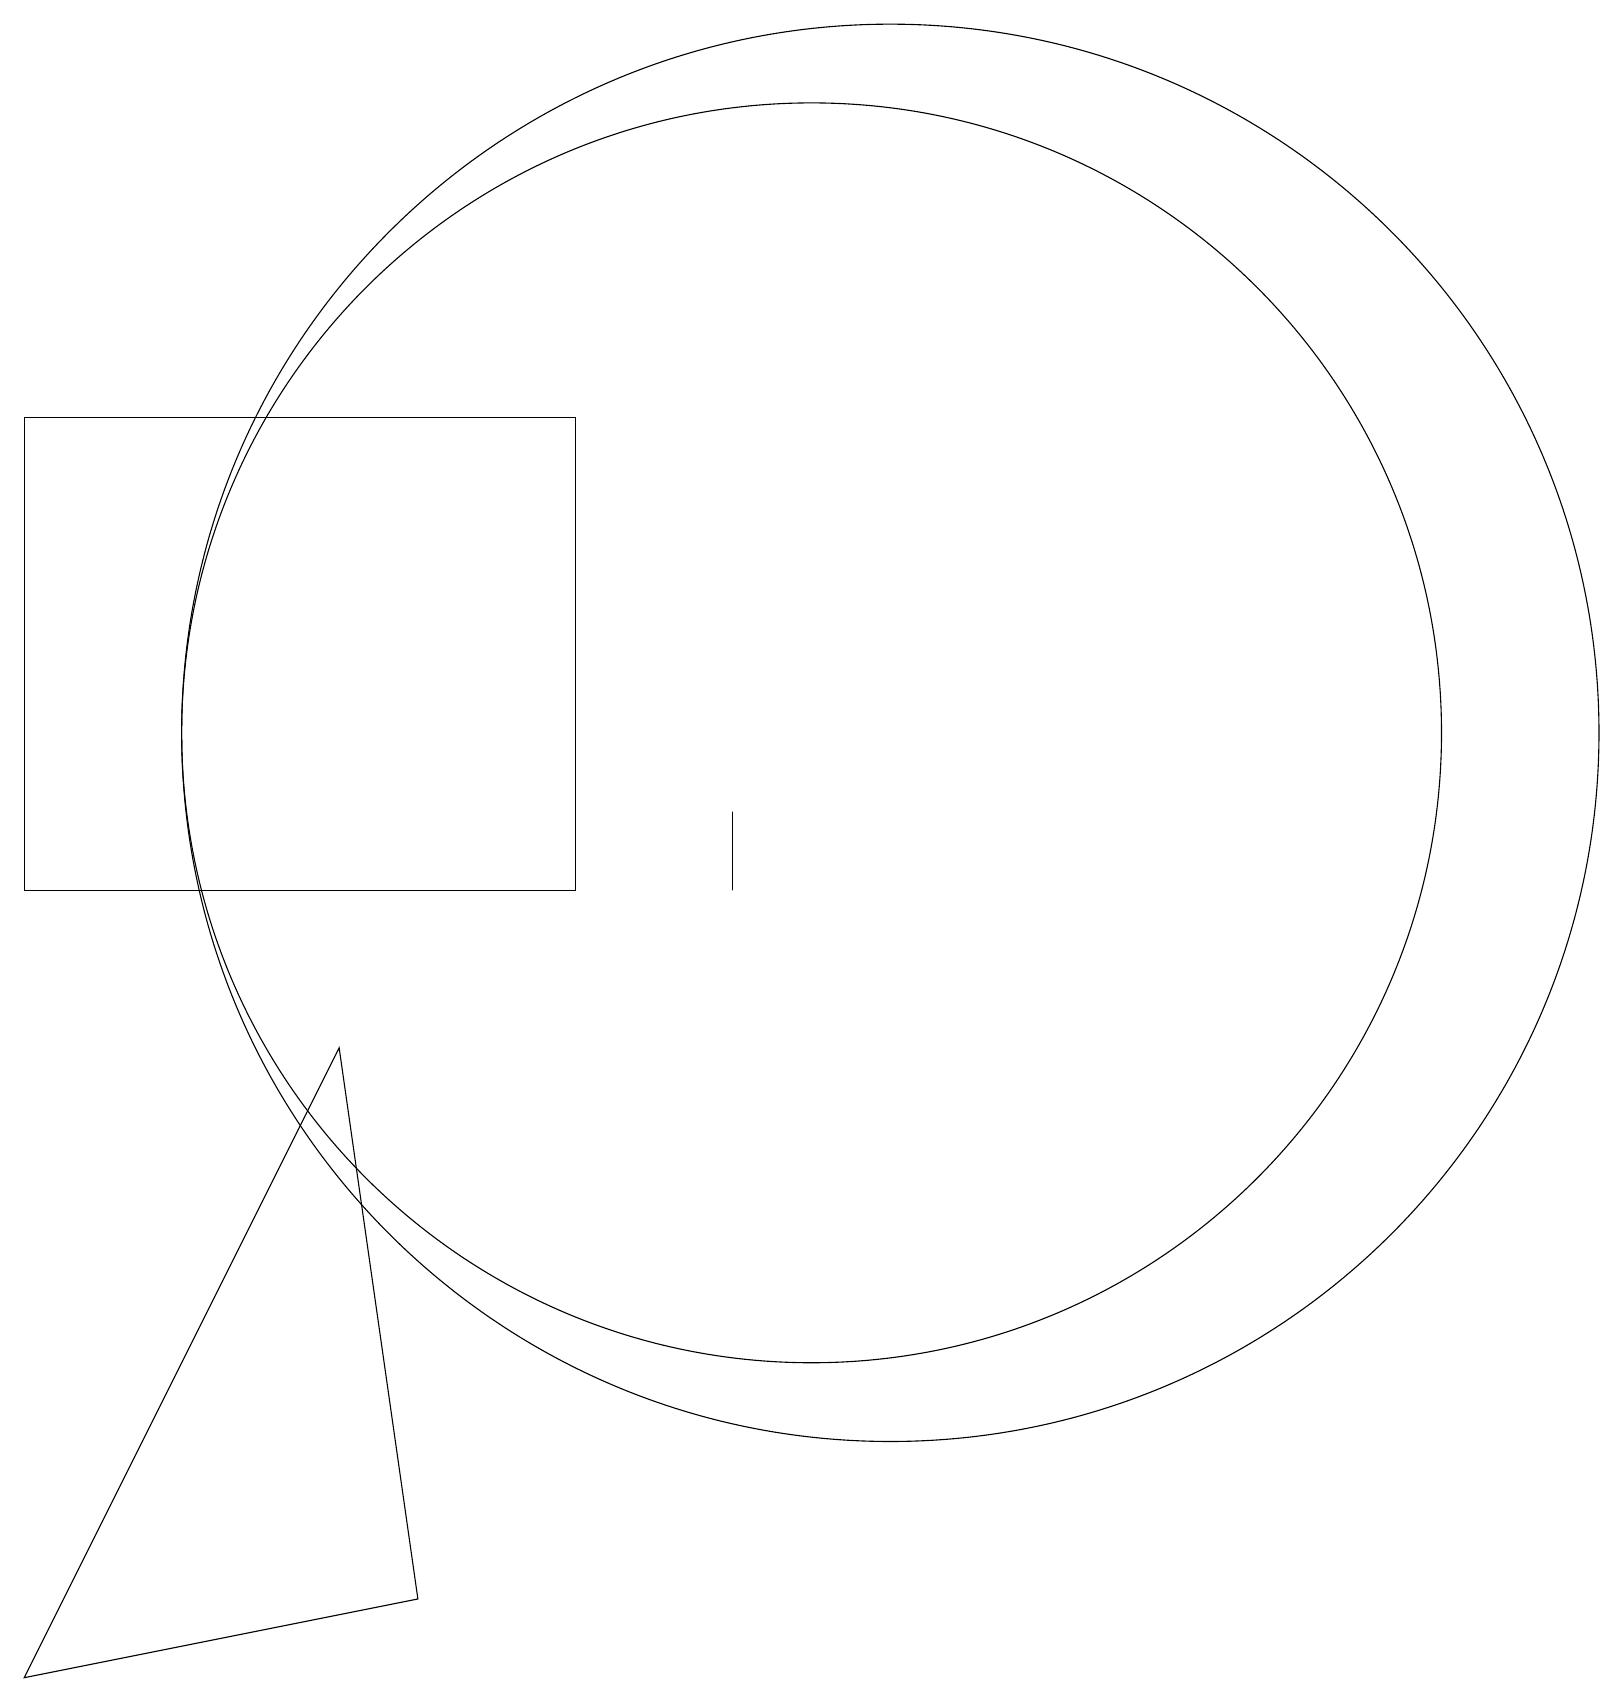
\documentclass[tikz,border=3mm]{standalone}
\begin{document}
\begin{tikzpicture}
\draw (4,8) -- (5,1) -- (0,0) -- cycle;
\draw (10,12) circle (8);
\draw (7,10) rectangle (0,16);
\draw (11,12) circle (9);
\draw (9,11) rectangle (9,10);
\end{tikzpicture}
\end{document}